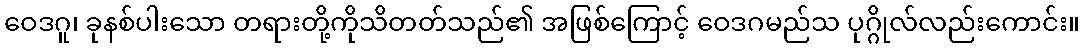
ဝေဒဂူ၊ ခုနစ်ပါးသော တရားတို့ကိုသိတတ်သည်၏ အဖြစ်ကြောင့် ဝေဒဂမည်သ ပုဂ္ဂိုလ်လည်းကောင်း။